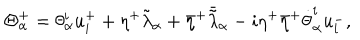
\Theta _ { \alpha } ^ { + } = \theta _ { \alpha } ^ { i } u _ { i } ^ { + } + \eta ^ { + } \tilde { \lambda } _ { \alpha } + { \bar { \eta } } ^ { + } { \bar { \tilde { \lambda } } } _ { \alpha } - i \eta ^ { + } { \bar { \eta } } ^ { + } { \dot { \theta } } _ { \alpha } ^ { i } u _ { i } ^ { - } ,